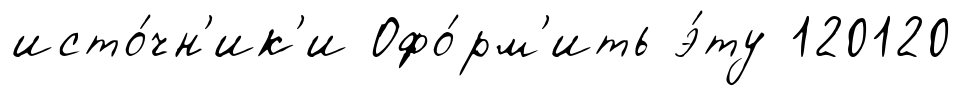
исто́чн'ик'и Офо́рм'ить э́ту 120120